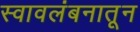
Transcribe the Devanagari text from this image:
स्वावलंबनातून